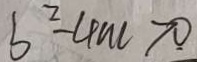
b ^ { 2 } - 4 n c > 0